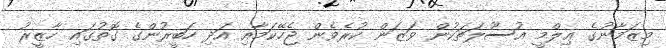
މިޒަމާނުގެ ޢިލްމީ އުސޫލަތަކުން ވަޒަން ކުރެވެން ޖެހޭކަމާއި އަދި ހަބީރުންގެ ގޮތުގައި ހާޒީރު